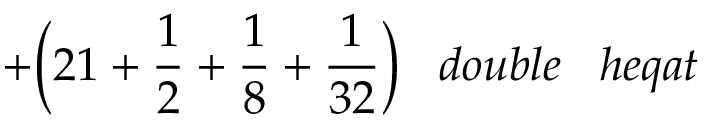
+ { \bigg ( } 2 1 + { \frac { 1 } { 2 } } + { \frac { 1 } { 8 } } + { \frac { 1 } { 3 2 } } { \bigg ) } \; \; \; d o u b l e \; \; \; h e q a t